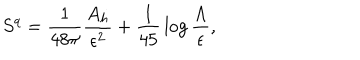
LaTeX: S ^ { q } = { \frac { 1 } { 4 8 \pi } } { \frac { A _ { h } } { \epsilon ^ { 2 } } } + { \frac { 1 } { 4 5 } } \log { \frac { \Lambda } { \epsilon } } ,